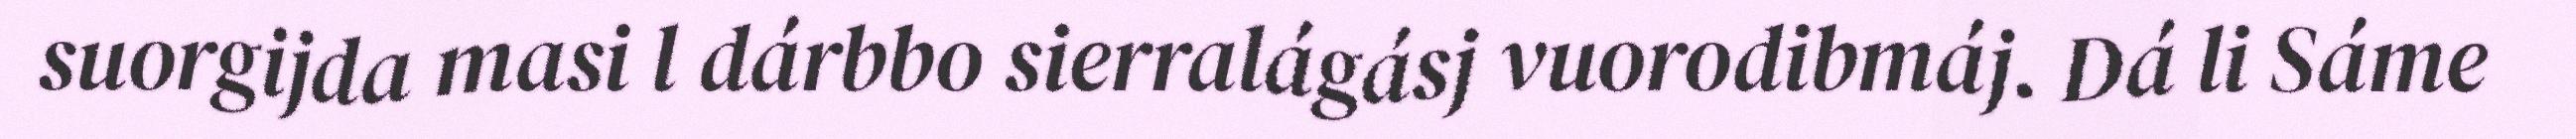
suorgijda masi l dárbbo sierralágásj vuorodibmáj. Dá li Sáme